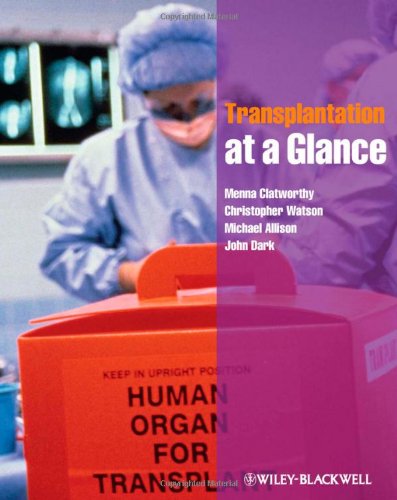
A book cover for Transplantation at a Glance; Menna Clatworthy; Health, Fitness & Dieting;